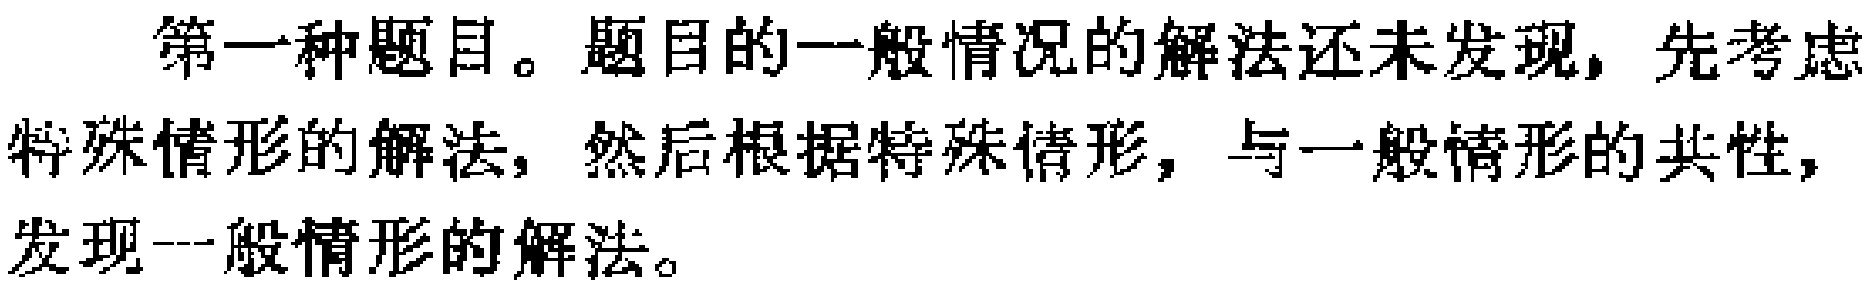
第一种题目。题目的一般情况的解法还未发现，先考虑特殊情形的解法，然后根据特殊情形，与一般情形的共性，发现一般情形的解法。